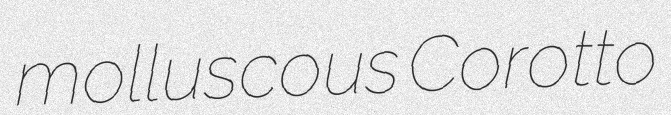
molluscous Corotto